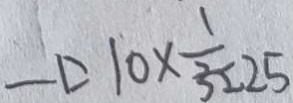
- \Delta 1 0 \times \frac { 1 } { 3 2 } \geq 2 5